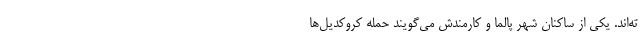
ته‌اند. یکی از ساکنان شهر پالما و کارمندش می‌گویند حمله کروکدیل‌ها